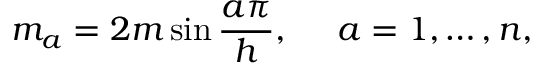
m _ { a } = 2 m \sin \frac { a \pi } { h } , ~ ~ ~ ~ a = 1 , \dots , n ,